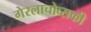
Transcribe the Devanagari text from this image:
गेरलाचोव्सकी